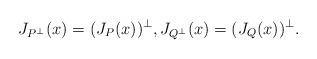
LaTeX: \begin{align*}J_{P^\perp}(x) = (J_P(x))^\perp,J_{Q^\perp}(x) = (J_Q(x))^\perp.\end{align*}